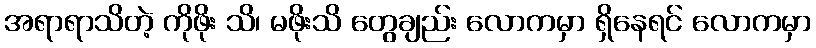
အရာရာသိတဲ့ ကိုဖိုး သိ၊ မဖိုးသိ တွေချည်း လောကမှာ ရှိနေရင် လောကမှာ